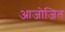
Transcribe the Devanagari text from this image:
आजोजित